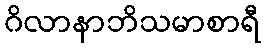
ဂိလာနာဘိသမာစာရီ